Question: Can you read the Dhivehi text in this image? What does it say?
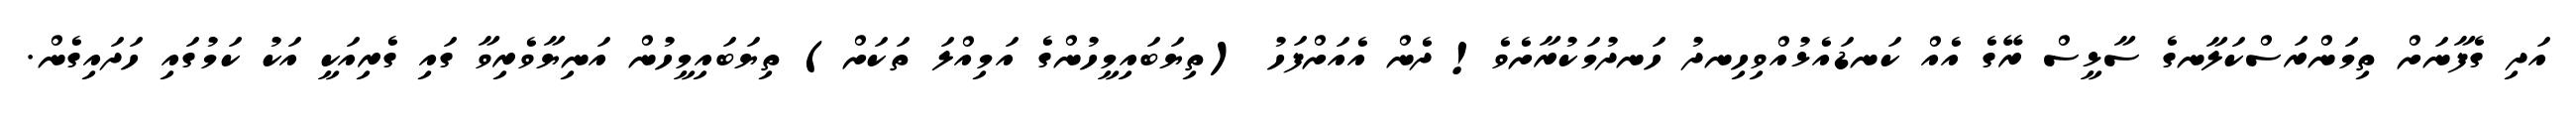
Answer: އަދި ގެފާނަށް ތިމަންރަސްކަލާނގެ ސާޅީސް ރޭގެ އެއް ކަނޑައެޅުއްވިހިނދު ހަނދުމަކުރާށެވެ! ދެން އެއަށްފަހު (ތިޔަބައިމީހުންގެ އަމިއްލަ ތަކަށް) ތިޔަބައިމީހުން އަނިޔާވެރިވާ ގައި ގެރިއަކީ އަކު ކަމުގައި ހަދައިގެން.